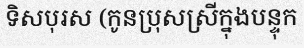
ទិសបុរស (កូនប្រុសស្រីក្នុងបន្ទុក